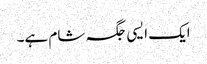
ایک ایسی جگہ شام ہے۔